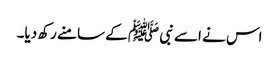
اس نے اسے نبی ﷺ کے سامنے رکھ دیا۔